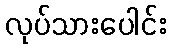
လုပ်သားပေါင်း